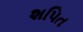
શપિત